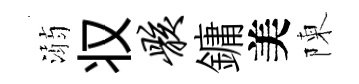
溺𠬧骸鏞美陳